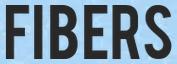
FIBERS